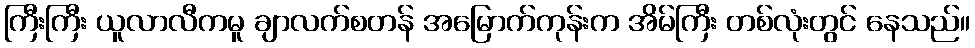
ကြီးကြီး ယူလာလီကမူ ချာလက်စတန် အမြောက်ကုန်းက အိမ်ကြီး တစ်လုံးတွင် နေသည်။